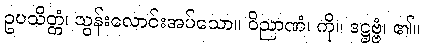
ဥပသိတ္တံ၊ သွန်းလောင်းအပ်သော။ ဝိညာဏံ၊ ကို။ ဒဋ္ဌဗ္ဗံ၊ ၏။